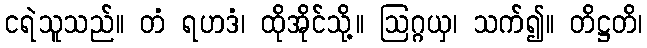
ငရဲသူသည်။ တံ ရဟဒံ၊ ထိုအိုင်သို့။ ဩဂ္ဂယှ၊ သက်၍။ တိဋ္ဌတိ၊